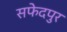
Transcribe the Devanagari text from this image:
सफेदपुर